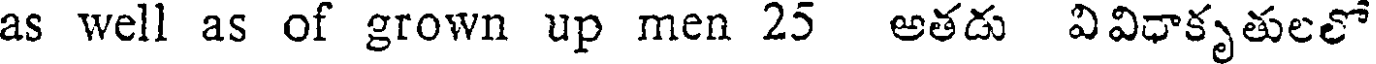
as well as of grown up men 25 అతడు వివిధాకృతులలో